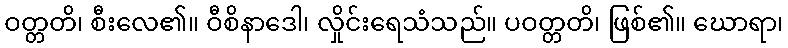
ဝတ္တတိ၊ စီးလေ၏။ ဝီစိနာဒေါ၊ လှိုင်းရေသံသည်။ ပဝတ္တတိ၊ ဖြစ်၏။ ဃောရာ၊